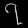
Digit: ၇